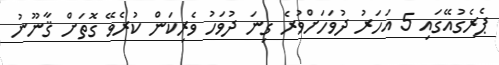
ޕެރެގުއޭގައި 5 އަަހަރު ދުވަހަށްވުރެ ގިނަ ދުވަހު ވެރިކަން ކުރެެވޭ ގޮތަށް ޤާނޫނު